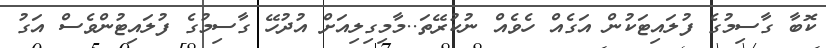
ކޮބާ ގާސިމުގެ ފުލައިޓަކުން އަގެއް ހެވެއް ނުކުރޭތަ..މާމިގިލިއަށް އުދުހޭ ގާސިމުގެ ފުލައިޓުންވެސް އަގު